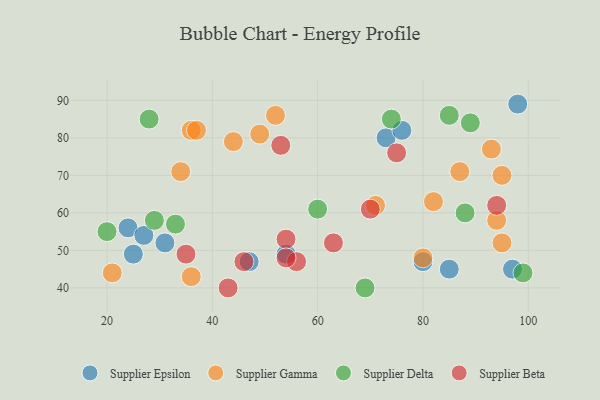
{"axis": {"x": "GDP", "y": "Life Expectancy"}, "legend": ["Supplier Beta", "Supplier Delta", "Supplier Epsilon", "Supplier Gamma"], "data": [{"x": "25", "y": 49, "type": "Supplier Epsilon"}, {"x": "73", "y": 80, "type": "Supplier Epsilon"}, {"x": "76", "y": 82, "type": "Supplier Epsilon"}, {"x": "85", "y": 45, "type": "Supplier Epsilon"}, {"x": "31", "y": 52, "type": "Supplier Epsilon"}, {"x": "47", "y": 47, "type": "Supplier Epsilon"}, {"x": "24", "y": 56, "type": "Supplier Epsilon"}, {"x": "98", "y": 89, "type": "Supplier Epsilon"}, {"x": "80", "y": 47, "type": "Supplier Epsilon"}, {"x": "54", "y": 49, "type": "Supplier Epsilon"}, {"x": "27", "y": 54, "type": "Supplier Epsilon"}, {"x": "97", "y": 45, "type": "Supplier Epsilon"}, {"x": "36", "y": 82, "type": "Supplier Gamma"}, {"x": "34", "y": 71, "type": "Supplier Gamma"}, {"x": "95", "y": 70, "type": "Supplier Gamma"}, {"x": "21", "y": 44, "type": "Supplier Gamma"}, {"x": "82", "y": 63, "type": "Supplier Gamma"}, {"x": "44", "y": 79, "type": "Supplier Gamma"}, {"x": "71", "y": 62, "type": "Supplier Gamma"}, {"x": "80", "y": 48, "type": "Supplier Gamma"}, {"x": "36", "y": 43, "type": "Supplier Gamma"}, {"x": "49", "y": 81, "type": "Supplier Gamma"}, {"x": "95", "y": 52, "type": "Supplier Gamma"}, {"x": "94", "y": 58, "type": "Supplier Gamma"}, {"x": "52", "y": 86, "type": "Supplier Gamma"}, {"x": "93", "y": 77, "type": "Supplier Gamma"}, {"x": "87", "y": 71, "type": "Supplier Gamma"}, {"x": "37", "y": 82, "type": "Supplier Gamma"}, {"x": "74", "y": 85, "type": "Supplier Delta"}, {"x": "60", "y": 61, "type": "Supplier Delta"}, {"x": "89", "y": 84, "type": "Supplier Delta"}, {"x": "20", "y": 55, "type": "Supplier Delta"}, {"x": "88", "y": 60, "type": "Supplier Delta"}, {"x": "28", "y": 85, "type": "Supplier Delta"}, {"x": "69", "y": 40, "type": "Supplier Delta"}, {"x": "99", "y": 44, "type": "Supplier Delta"}, {"x": "33", "y": 57, "type": "Supplier Delta"}, {"x": "29", "y": 58, "type": "Supplier Delta"}, {"x": "85", "y": 86, "type": "Supplier Delta"}, {"x": "54", "y": 53, "type": "Supplier Beta"}, {"x": "63", "y": 52, "type": "Supplier Beta"}, {"x": "70", "y": 61, "type": "Supplier Beta"}, {"x": "56", "y": 47, "type": "Supplier Beta"}, {"x": "53", "y": 78, "type": "Supplier Beta"}, {"x": "35", "y": 49, "type": "Supplier Beta"}, {"x": "46", "y": 47, "type": "Supplier Beta"}, {"x": "94", "y": 62, "type": "Supplier Beta"}, {"x": "43", "y": 40, "type": "Supplier Beta"}, {"x": "75", "y": 76, "type": "Supplier Beta"}, {"x": "54", "y": 48, "type": "Supplier Beta"}]}